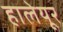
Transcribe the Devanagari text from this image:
हालेयूर